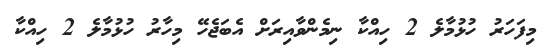
މިފަހަރު ހުޅުމާލެ 2 ހިއްކާ ނިމެންވާއިރަށް އެބަޖެހޭ މިހާރު ހުޅުމާލެ 2 ހިއްކާ